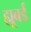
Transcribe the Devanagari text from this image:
ह्यूबर्ड